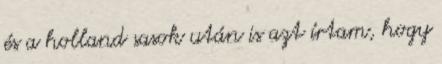
és a holland sasok után is azt írtam, hogy